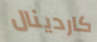
كاردينال